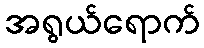
အရွယ်ရောက်